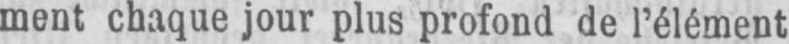
ment chaque jour plus profond de l’élément